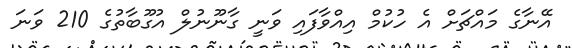
އޭނާގެ މައްޗަށް އެ ހުކުމް އިއްވާފައި ވަނީ ގާނޫނުލް އުގޫބާތުގެ 210 ވަނަ